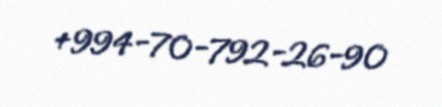
+994-70-792-26-90